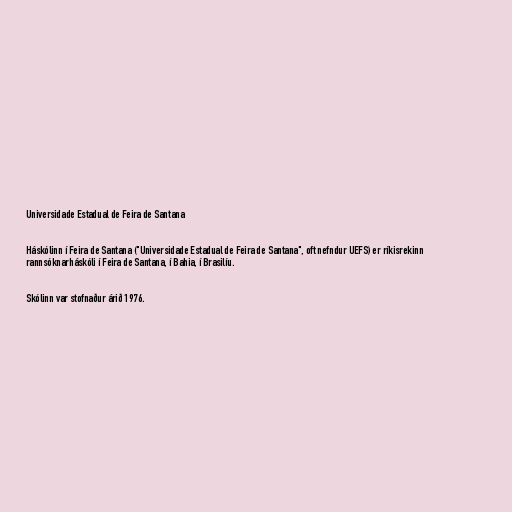
Universidade Estadual de Feira de Santana

Háskólinn í Feira de Santana ("Universidade Estadual de Feira de Santana", oft nefndur UEFS) er ríkisrekinn
rannsóknarháskóli í Feira de Santana, í Bahia, í Brasilíu.

Skólinn var stofnaður árið 1976.